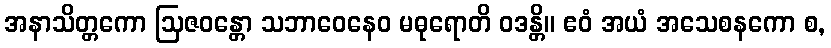
အနာသိတ္တကော ဩဇဝန္တော သဘာဝေနေဝ မဓုရောတိ ဝဒန္တိ။ ဧဝံ အယံ အသေစနကော စ,